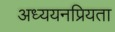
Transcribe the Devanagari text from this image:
अध्ययनप्रियता